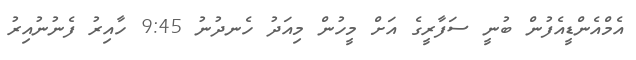
އެމްއެންޑީއެފުން ބުނީ ސަފާރީގެ އަށް މީހުން މިއަދު ހެނދުނު 9:45 ހާއިރު ފެނުނުއިރު